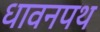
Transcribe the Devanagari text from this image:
धावनपथ